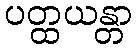
ပတ္ထယန္တာ